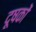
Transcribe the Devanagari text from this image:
दूषकों